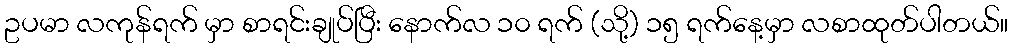
ဥပမာ လကုန်ရက် မှာ စာရင်းချုပ်ပြီး နောက်လ ၁၀ ရက် (သို့) ၁၅ ရက်နေ့မှာ လစာထုတ်ပါတယ်။